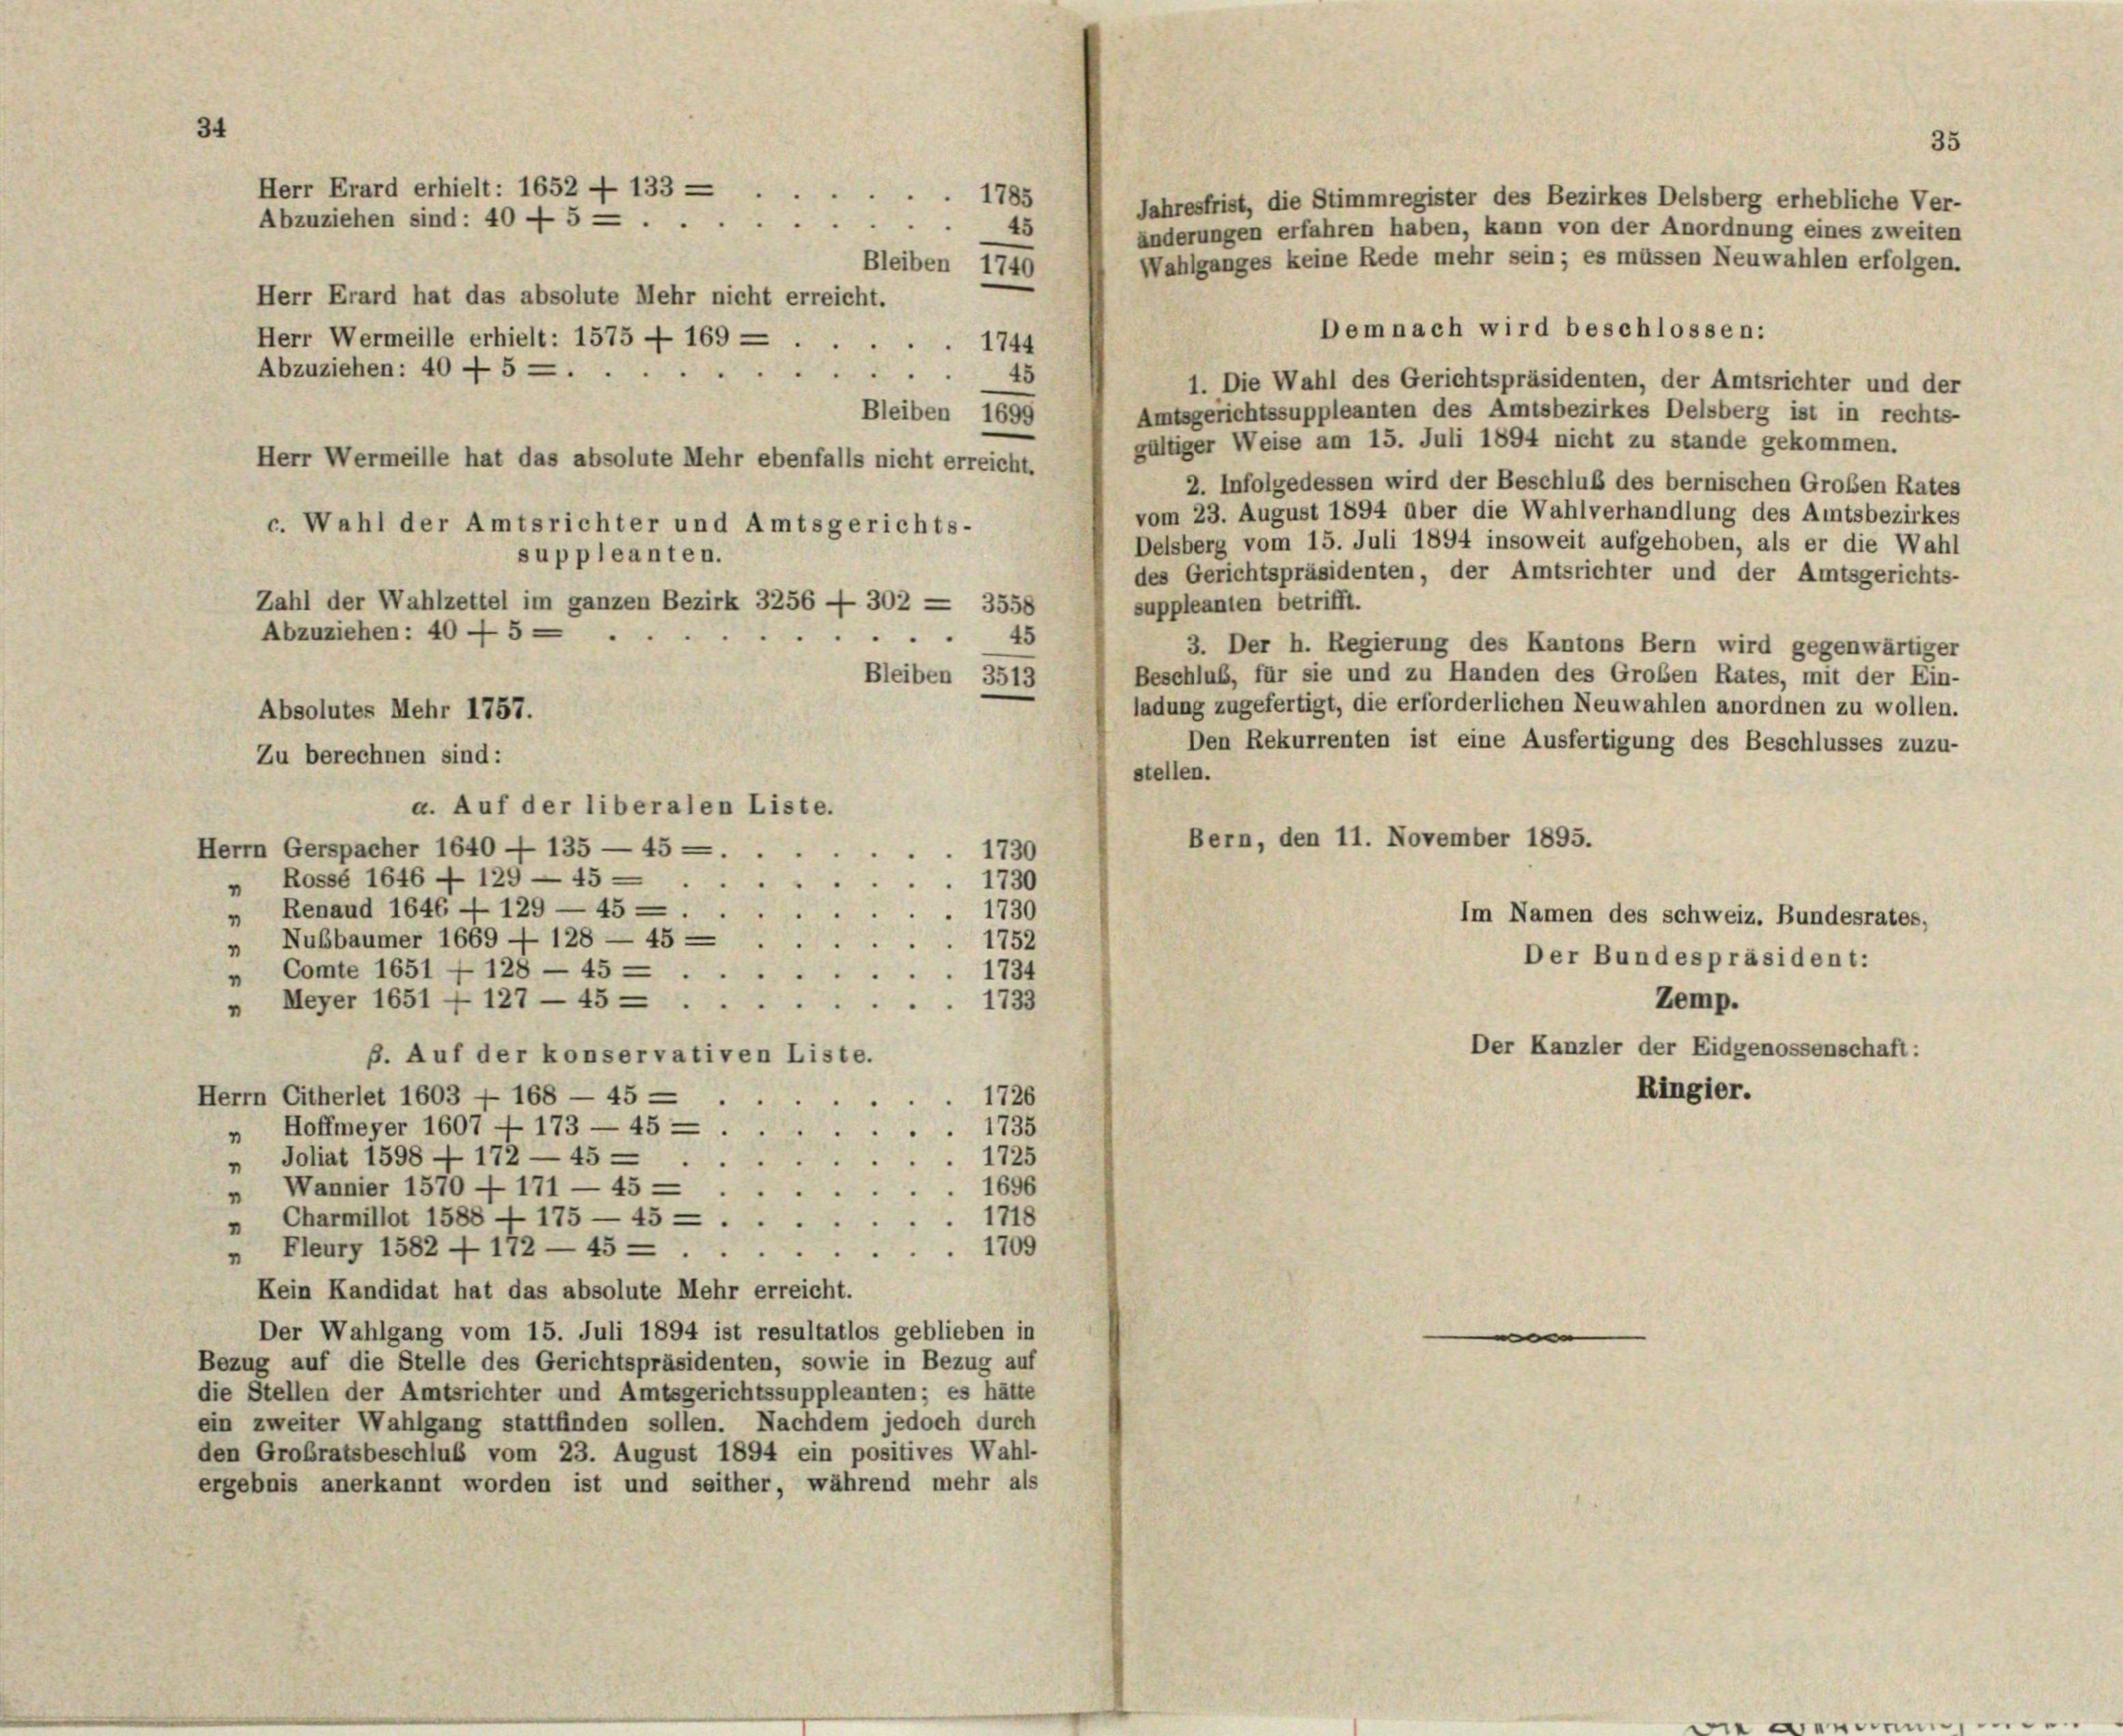
Jahresfrist, die Stimmregister des Bezirkes Delsberg erhebliche Ver-
änderungen erfahren haben, kann von der Anordnung eines zweiten
Wahlganges keine Rede mehr sein; es müssen Neuwahlen erfolgen.
Herr Erard hat das absolute Mehr nicht erreicht.
Demnach wird beschlossen:
Herr Wermeille erhielt: 1575 — 169 —
1744
Abzuziehen: 40 - 5 — .
45
1. Die Wahl des Gerichtspräsidenten, der Amtsrichter und der
Amtsgerichtssuppleanten des Amtsbezirkes Delsberg ist in rechts-
Bleiben 1695
gültiger Weise am 15. Juli 1894 nicht zu stande gekommen.
Herr Wermeille hat das absolute Mehr ebenfalls nicht erreicht.
2. Infolgedessen wird der Beschluß des bernischen Großen Rates
vom 23. August 1894 über die Wahlverhandlung des Amtsbezirkes
c. Wahl der Amtsrichter und Amtsgerichts-
Delsberg vom 15. Juli 1894 insoweit aufgehoben, als er die Wahl
suppleanten.
des Gerichtspräsidenten, der Amtsrichter und der Amtsgerichts-
Zahl der Wahlzettel im ganzen Bezirk 3256 — 302 —
suppleanten betrifft.
3558
Abzuziehen: 40 — 5 -
45
3. Der h. Regierung des Kantons Bern wird gegenwärtiger
Beschluß, für sie und zu Handen des Groben Rates, mit der Ein-
Bleiben 3513
ladung zugefertigt, die erforderlichen Neuwahlen anordnen zu wollen.
Absolutes Mehr 1757.
Den Rekurrenten ist eine Ausfertigung des Beschlusses zuzu-
Zu berechnen sind:
stellen.
a. Auf der liberalen Liste.
Bern, den 11. November 1895.
Herrn Gerspacher 1640 - 135 — 45 — .
1730
" Rossé 1646 - 129 — 45 —
1730
„ Renaud 1646 — 129 — 45 — .
1730
Im Namen des Schweiz. Bundesrates.
„ Nußbaumer 1669 - 128 — 45 —
1752
Der Bundespräsident:
„ Comte 1651 — 128 — 45 —
1734
Zemp.
„ Meyer 1651 - 127 — 45.
1733
Der Kanzler der Eidgenossenschaft:
B. Auf der konservativen Liste.
Ringier.
Herrn Citherlet 1603 f 168 — 45 —
1726
2
„ Hoffmeyer 1607 - 173 — 45 — .
1735
„ Joliat 1598 - 172 — 45 —
 1725
 1696
„ Wannier 1570 — 171 — 45 —
Charmillot 1588 - 175 — 45 — .
1718
¬
n
1709
„ Fleury 1582 4 172 — 45 —
.
Kein Kandidat hat das absolute Mehr erreicht.
Der Wahlgang vom 15. Juli 1894 ist resultatlos geblieben in

Bezug auf die Stelle des Gerichtspräsidenten, sowie in Bezug auf
die Stellen der Amtsrichter und Amtsgerichtssuppleanten; es hätte
ein zweiter Wahlgang stattfinden sollen. Nachdem jedoch durch
den Großratsbeschluß vom 23. August 1894 ein positives Wahl-
ergebnis anerkannt worden ist und seither, während mehr als

Herr Erard erhielt: 1652 - 133 —
Abzuziehen sind: 40 - 5 —

Bleiben 1740

45

1785

35